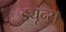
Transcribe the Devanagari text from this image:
ड्यून्स